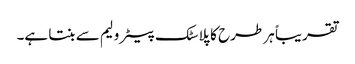
تقریباً ہر طرح کا پلاسٹک پیٹرولیم سے بنتا ہے۔